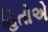
હિતોએ